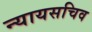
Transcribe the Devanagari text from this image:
न्यायसचिव